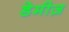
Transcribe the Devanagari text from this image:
डेमीज़